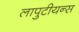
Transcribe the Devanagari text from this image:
लापुटीयन्स